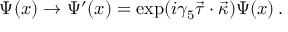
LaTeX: \Psi ( x ) \to \Psi ^ { \prime } ( x ) = \exp ( i \gamma _ { 5 } \vec { \tau } \cdot \vec { \kappa } ) \Psi ( x ) \, .